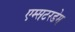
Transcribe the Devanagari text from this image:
एम्सटरडेम